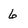
Character: 6